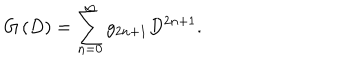
G \left( D \right) = \sum _ { n = 0 } ^ { \infty } g _ { 2 n + 1 } D ^ { 2 n + 1 } .